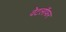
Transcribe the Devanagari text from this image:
वेटलॉफर